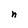
Character: n